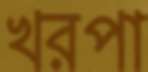
খরপা